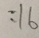
= 1 6